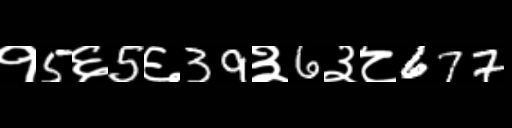
Text: १5६5६39३6३८677